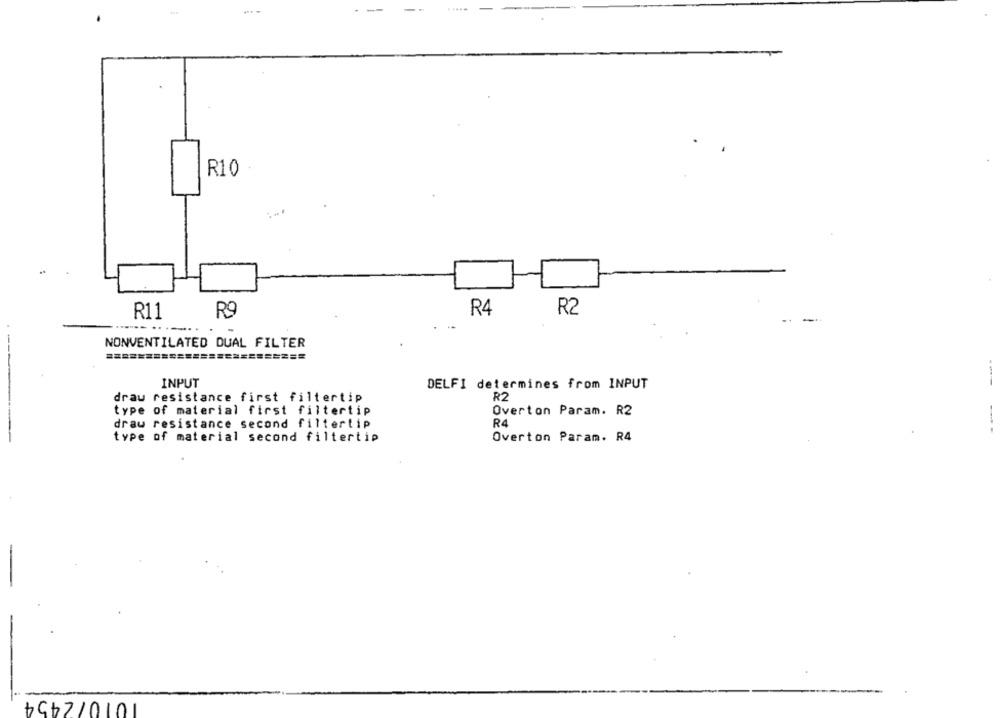
-
R10
R11
R9
R4
R2
NONVENTILATED DUAL FILTER
INPUT
DELFI determines from INPUT
drau resistance first filtertip
R2
type of material first filtertip
Overton Param. R2
draw resistance second filtertip
R4
type of material second filtertip
Overton Param. R4
19৳2/0101